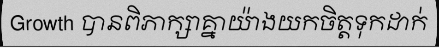
Growth បានពិភាក្សាគ្នាយ៉ាងយកចិត្តទុកដាក់